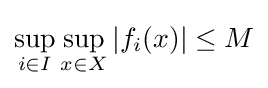
\sup \limits _{i\in I}\sup \limits _{x\in X}|f_{i}(x)|\leq M